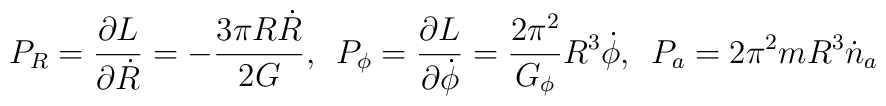
P_{R}=\frac{\partial L}{\partial \dot{R}}=-\frac{3\pi R\dot{R}}{2G},\hspace{0.2cm} P_{\phi}=\frac {\partial L}{\partial\dot{\phi}}=\frac{2\pi^{2}}{G_{\phi}}R^{3}\dot{\phi},\hspace{0.2cm}P_{a}=2\pi^{2}mR^{3}\dot{n}_{a}